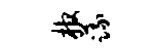
棺蔬